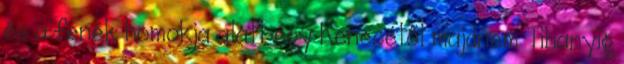
és a fenék homokja alatt egy Kenesétől majdnem Tihanyig